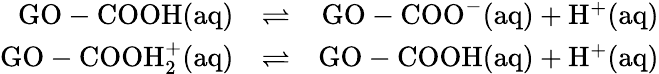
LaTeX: \begin{array}{rlr}{\textrm{GO}-\mathrm{COOH}\mathrm{(aq)}}&{\rightleftharpoons}&{\textrm{GO}-\mathrm{COO}^{-}\mathrm{(aq)}+\mathrm{H}^{+}\mathrm{(aq)}}\\ {\textrm{GO}-\mathrm{COOH}_{2}^{+}\mathrm{(aq)}}&{\rightleftharpoons}&{\textrm{GO}-\mathrm{COOH}\mathrm{(aq)}+\mathrm{H}^{+}\mathrm{(aq)}}\end{array}